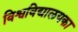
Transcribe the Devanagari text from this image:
विश्वविद्यालयका